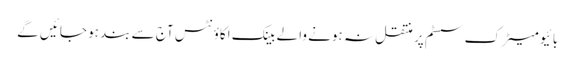
بائیو میٹرک سسٹم پر منتقل نہ ہونے والے بینک اکاؤنٹس آج سے بند ہو جائیں گے